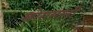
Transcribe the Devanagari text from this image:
ख़ोरासानी